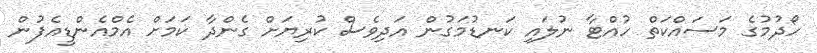
ހޯދުމުގެ މަސައްކަތް ހުއްޓާ ނުލައި ކަނޑުމަގުން އަދިވެސް ކުރިޔަށް ގެންދާ ކަމަށް އެމްއެންޑީއެފުން